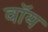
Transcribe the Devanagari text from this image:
वॉय